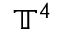
\mathbb { T } ^ { 4 }